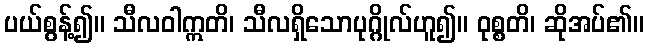
ပယ်စွန့်၍။ သီလဝါဣတိ၊ သီလရှိသောပုဂ္ဂိုလ်ဟူ၍။ ဝုစ္စတိ၊ ဆိုအပ်၏။